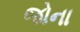
જોના